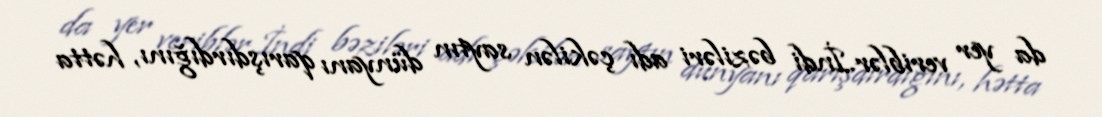
da yer veriblər.İndi bəziləri adı çəkilən saytın dünyanı qarışdırdığını, hətta